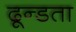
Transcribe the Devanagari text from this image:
ढून्डता